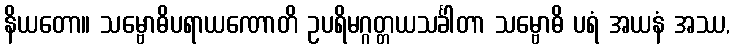
နိယတော။ သမ္ဗောဓိပရာယဏောတိ ဥပရိမဂ္ဂတ္တယသင်္ခါတာ သမ္ဗောဓိ ပရံ အယနံ အဿ,